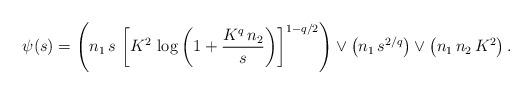
LaTeX: \begin{align*} \psi(s)=\left (n_1\,s\,\left [K^{2}\,\log\left (1+\frac{K^{q}\,n_2}{s}\right )\right ]^{1-q/2}\right )\vee\left ( n_1\,s^{2/q}\right )\vee \left (n_1\,n_2\,K^{2}\right ). \end{align*}